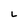
Character: L